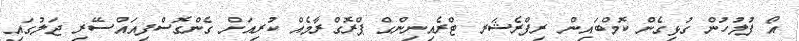
އޯ ފުލުހުން ގުޅިގެން ކޮމްބައިން ރިފްރެޝަރ ޓްރެއިނިންގް ޕްރޮގްރާމެއް ކުރިއަށް ގެންގޮސްފިއައްސޭރި ޖަލުގައި